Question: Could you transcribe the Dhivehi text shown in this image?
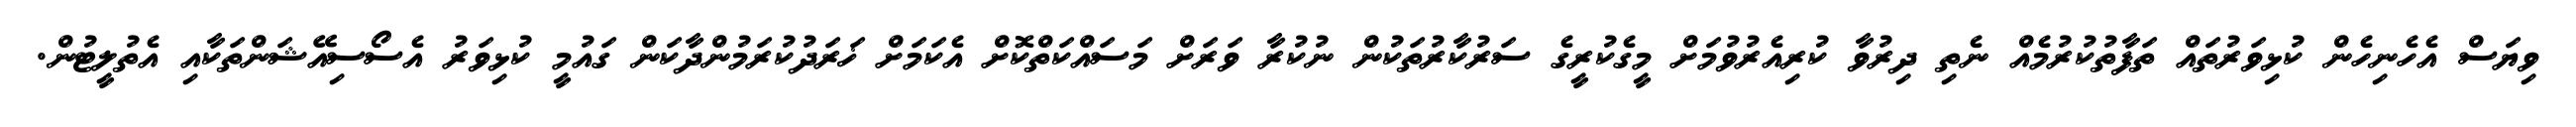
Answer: ވިޔަސް އެހެނިހެން ކުޅިވަރުތައް ތަފާތުކުރުމެއް ނެތި ދިރުވާ ކުރިއެރުވުމަށް މީގެކުރީގެ ސަރުކާރުތަކުން ނުކުރާ ވަރަށް މަސައްކަތްކޮށް އެކަމަށް ޚަރަދުކުރަމުންދާކަން ގައުމީ ކުޅިވަރު އެސޯސިއޭޝަންތަކާއި އެތުލީޓުން.